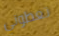
تعطوني